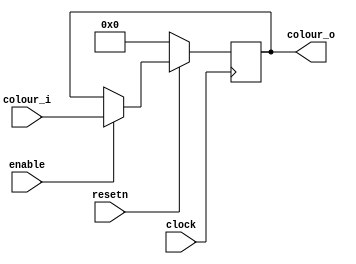
// register 
module pixel_register(
	input resetn, clock,
	input enable,
	input [23:0] colour_i,
	output reg [23:0]colour_o);
	
	always@(posedge clock)begin
	
		if(!resetn)
			colour_o <= 23'd0;
		else if(enable)
			colour_o <= colour_i;
		else 
			colour_o <= colour_o;
			
	end
	
endmodule